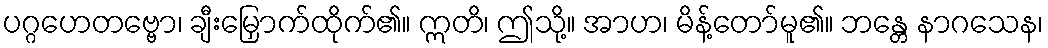
ပဂ္ဂဟေတဗ္ဗော၊ ချီးမြှောက်ထိုက်၏။ ဣတိ၊ ဤသို့။ အာဟ၊ မိန့်တော်မူ၏။ ဘန္တေ နာဂသေန၊